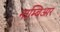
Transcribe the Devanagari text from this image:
नाम्बिआर